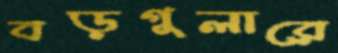
বড়গুলারে